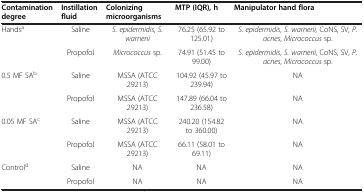
| Contamination degree | Instillation fluid | Colonizing microorganisms | MTP (IQR), h | Manipulator hand flora |
 | --- | --- | --- | --- | --- |
 | <ROWSPAN=2> Handsa | Saline | S. epidermidis, S. warnerii | 76.25 (65.92 to 125.01) | S. epidermidis, S. warnerii, CoNS, SV, P. acnes, Micrococcus sp. |
 | Propofol | Micrococcus sp. | 74.91 (51.45 to 99.00) | S. epidermidis, S. warnerii, CoNS, SV, P. acnes, Micrococcus sp. |
 | <ROWSPAN=2> 0.5 MF SAb | Saline | MSSA (ATCC 29213) | 104.92 (45.97 to 239.94) | NA |
 | Propofol | MSSA (ATCC 29213) | 147.89 (66.04 to 236.58) | NA |
 | <ROWSPAN=2> 0.05 MF SAc | Saline | MSSA (ATCC 29213) | 240.20 (154.82 to 360.00) | NA |
 | Propofol | MSSA (ATCC 29213) | 66.11 (58.01 to 69.11) | NA |
 | <ROWSPAN=2> Controld | Saline | NA | NA | NA |
 | Propofol | NA | NA | NA |